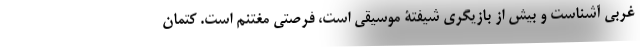
غربی آشناست و بیش از بازیگری شیفتۀ موسیقی است، فرصتی مغتنم است. کتمان